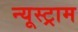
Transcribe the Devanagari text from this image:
न्यूस्ट्राम